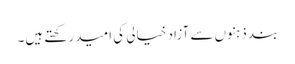
بند ذہنوں سے آزاد خیالی کی امید رکھتے ہیں۔